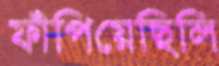
ফাঁপিয়েছিলি